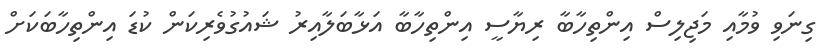
ގިނަވި ވުމާއި މަޖިލިސް އިންތިހާބާ ރިޔާސީ އިންތިހާބާ އަޅާބަލާއިރު ޝައުގުވެރިކަން ކުޑަ އިންތިހާބަކަށް